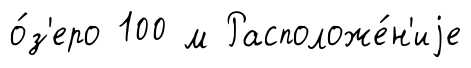
о́з'еро 100 м Расположе́н'иjе